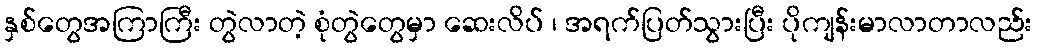
နှစ်တွေအကြာကြီး တွဲလာတဲ့ စုံတွဲတွေမှာ ဆေးလိပ် ၊ အရက်ပြတ်သွားပြီး ပိုကျန်းမာလာတာလည်း